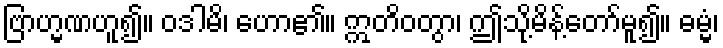
ဗြာဟ္မဏဟူ၍။ ဝဒါမိ၊ ဟော၏။ ဣတိဝတွာ၊ ဤသို့မိန့်တော်မူ၍။ ဓမ္မံ၊